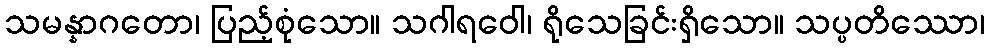
သမန္နာဂတော၊ ပြည့်စုံသော။ သဂါရဝေါ၊ ရိုသေခြင်းရှိသော။ သပ္ပတိဿော၊